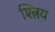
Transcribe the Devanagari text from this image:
श्त्रिय